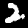
Digit: 2